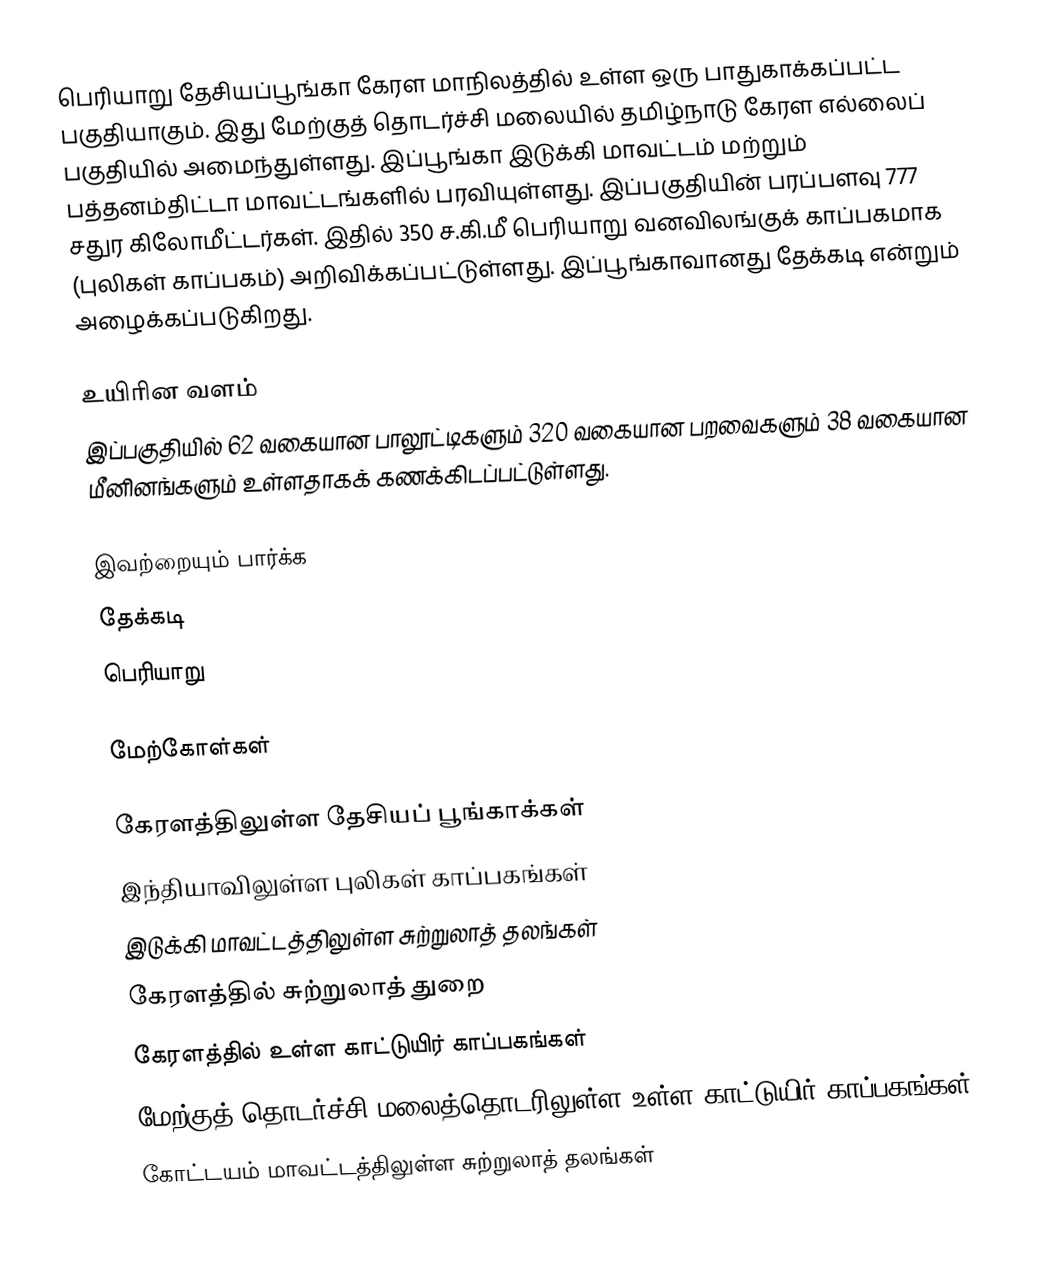
பெரியாறு தேசியப்பூங்கா கேரள மாநிலத்தில் உள்ள ஒரு பாதுகாக்கப்பட்ட பகுதியாகும். இது மேற்குத் தொடர்ச்சி மலையில் தமிழ்நாடு கேரள எல்லைப் பகுதியில் அமைந்துள்ளது. இப்பூங்கா இடுக்கி மாவட்டம் மற்றும் பத்தனம்திட்டா மாவட்டங்களில் பரவியுள்ளது. இப்பகுதியின் பரப்பளவு 777 சதுர கிலோமீட்டர்கள். இதில் 350 ச.கி.மீ பெரியாறு வனவிலங்குக் காப்பகமாக (புலிகள் காப்பகம்) அறிவிக்கப்பட்டுள்ளது. இப்பூங்காவானது தேக்கடி என்றும் அழைக்கப்படுகிறது.

உயிரின வளம்
இப்பகுதியில் 62 வகையான பாலூட்டிகளும் 320 வகையான பறவைகளும் 38 வகையான மீனினங்களும் உள்ளதாகக் கணக்கிடப்பட்டுள்ளது.

இவற்றையும் பார்க்க
 தேக்கடி
 பெரியாறு

மேற்கோள்கள்

கேரளத்திலுள்ள தேசியப் பூங்காக்கள்
இந்தியாவிலுள்ள புலிகள் காப்பகங்கள்
இடுக்கி மாவட்டத்திலுள்ள சுற்றுலாத் தலங்கள்
கேரளத்தில் சுற்றுலாத் துறை
கேரளத்தில் உள்ள காட்டுயிர் காப்பகங்கள்
மேற்குத் தொடர்ச்சி மலைத்தொடரிலுள்ள உள்ள காட்டுயிர் காப்பகங்கள்
கோட்டயம் மாவட்டத்திலுள்ள சுற்றுலாத் தலங்கள்